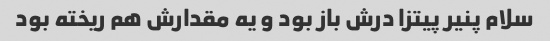
سلام پنیر پیتزا درش باز بود و یه مقدارش هم ریخته بود